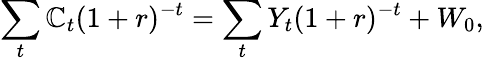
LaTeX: \sum_{t}\mathbb{C}_{t}(1+r)^{-t}=\sum_{t}Y_{t}(1+r)^{-t}+W_{0},